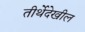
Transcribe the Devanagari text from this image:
तीर्थेदेखील